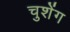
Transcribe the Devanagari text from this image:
चुशेंग